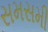
સમસમી